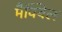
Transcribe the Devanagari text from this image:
मैक्बिल